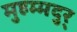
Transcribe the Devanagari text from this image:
मुहम्मदुर्